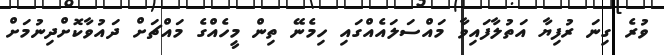
ވުރެ ގިނަ ރުފިޔާ އަތުލާފައިވާ މައްސަލައެއްގައި ހިމެނޭ ތިން މީހެއްގެ މައްޗަށް ދައުވާކޮށްދިނުމަށް